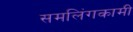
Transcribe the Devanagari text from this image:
समलिंगकामी